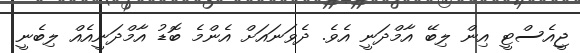
ޖީއެސްޓީ އިން ލިބޭ އާމްދަނީ އެވެ. ދެވަނައަށް އެންމެ ބޮޑު އާމްދަނީއެއް ލިބެނީ